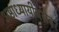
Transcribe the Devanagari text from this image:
अष्टाध्यायीबरोबर